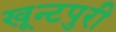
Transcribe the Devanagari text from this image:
खून्टपुरी